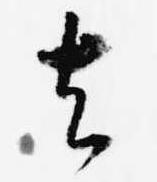
去